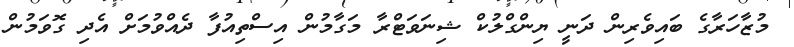
މުޒާހަރާގެ ބައިވެރިން ދަނީ ޔިންގްލުކް ޝިނަވަޓްރާ މަގާމުން އިސްތިއުފާ ދެއްވުމަށް އެދި ގޮވަމުން